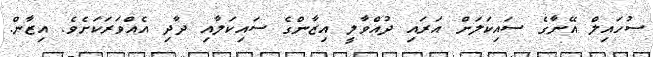
ސުހައިލް އޭނާގެ ސައިކަލަށް އަރައި ދުއްވާލީ އިޒާންގެ ސައިކަލާއި ދާދި އެއްވަރަކަށެވެ. އިޒާން.